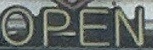
OPEN